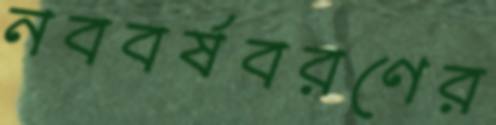
নববর্ষবরণের